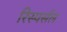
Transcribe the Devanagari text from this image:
रिस्पर्सल